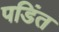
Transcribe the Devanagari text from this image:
पडिंत